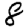
Digit: 8